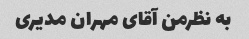
به نظرمن آقای مهران مدیری